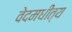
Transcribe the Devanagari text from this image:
वेदमधीत्य